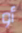
أو